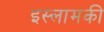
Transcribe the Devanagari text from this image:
इस्लामकी